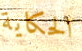
الحكاية